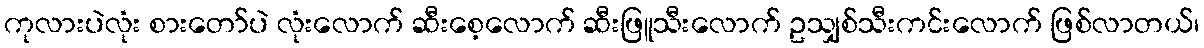
ကုလားပဲလုံး စားတော်ပဲ လုံးလောက် ဆီးစေ့လောက် ဆီးဖြူသီးလောက် ဥသျှစ်သီးကင်းလောက် ဖြစ်လာတယ်၊